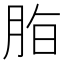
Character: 𱼈